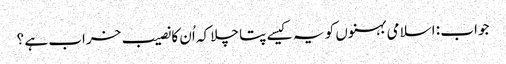
جواب : اسلامی بہنوں کو یہ کیسے پتا چلا کہ اُن کا نصیب خراب ہے ؟